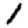
Digit: 1